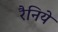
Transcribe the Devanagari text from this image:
रैनिये